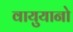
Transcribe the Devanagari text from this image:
वायुयानो